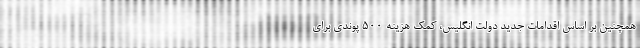
همچنین بر اساس اقدامات جدید دولت انگلیس، کمک هزینه ۵۰۰ پوندی برای